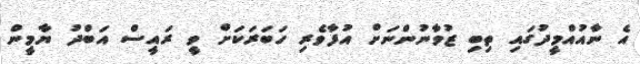
އެ ނާއުއްމީދުގައި ތިބި ޒުވާނުންނަށް އުފާވެރި ހަބަރަކަށް ވީ ރައީސް އަބްދު ޔާމީން